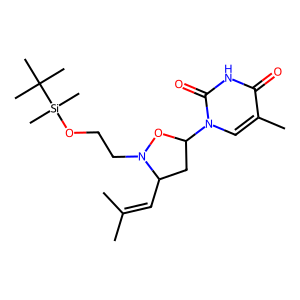
SMILES: CC(C)=CC1CC(n2cc(C)c(=O)[nH]c2=O)ON1CCO[Si](C)(C)C(C)(C)C
Inhibits HIV replication: No